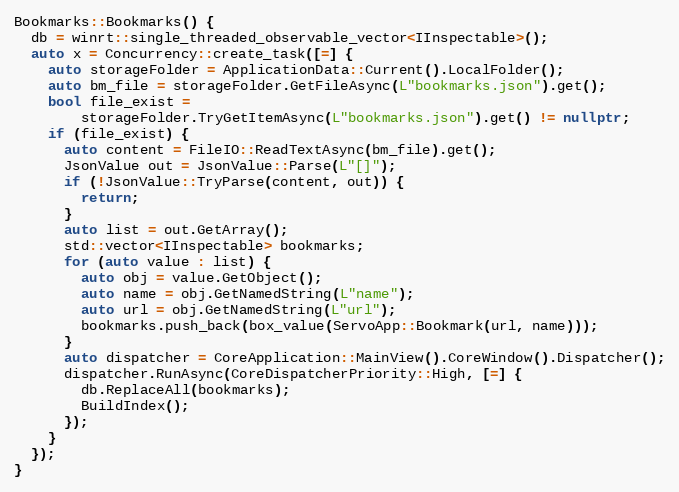
Language: C++
Bookmarks::Bookmarks() {
  db = winrt::single_threaded_observable_vector<IInspectable>();
  auto x = Concurrency::create_task([=] {
    auto storageFolder = ApplicationData::Current().LocalFolder();
    auto bm_file = storageFolder.GetFileAsync(L"bookmarks.json").get();
    bool file_exist =
        storageFolder.TryGetItemAsync(L"bookmarks.json").get() != nullptr;
    if (file_exist) {
      auto content = FileIO::ReadTextAsync(bm_file).get();
      JsonValue out = JsonValue::Parse(L"[]");
      if (!JsonValue::TryParse(content, out)) {
        return;
      }
      auto list = out.GetArray();
      std::vector<IInspectable> bookmarks;
      for (auto value : list) {
        auto obj = value.GetObject();
        auto name = obj.GetNamedString(L"name");
        auto url = obj.GetNamedString(L"url");
        bookmarks.push_back(box_value(ServoApp::Bookmark(url, name)));
      }
      auto dispatcher = CoreApplication::MainView().CoreWindow().Dispatcher();
      dispatcher.RunAsync(CoreDispatcherPriority::High, [=] {
        db.ReplaceAll(bookmarks);
        BuildIndex();
      });
    }
  });
}